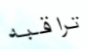
تراقبه